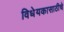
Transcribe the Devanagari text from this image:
विधेयकासाठीचे